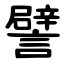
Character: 譬